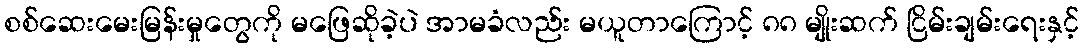
စစ်ဆေးမေးမြန်းမှုတွေကို မဖြေဆိုခဲ့ပဲ အာမခံလည်း မယူတာကြောင့် ၈၈ မျိုးဆက် ငြိမ်းချမ်းရေးနှင့်